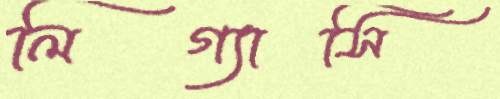
লিগ্যাসি